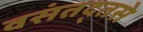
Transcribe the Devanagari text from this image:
वसंतद्तसे